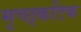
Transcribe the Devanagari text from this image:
मृच्छ्कटिक